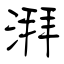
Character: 湃